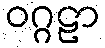
ဝဂ္ဂဠာ